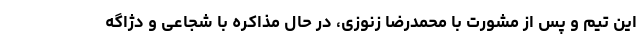
این تیم و پس از مشورت با محمدرضا زنوزی، در حال مذاکره با شجاعی و دژاگه